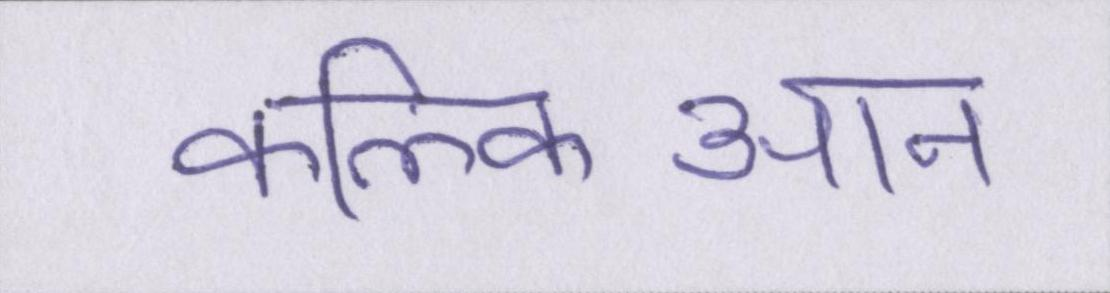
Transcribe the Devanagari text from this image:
कल्किआन